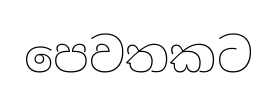
පෙවතකට